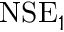
\mathrm { N S E } _ { 1 }